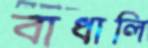
বাধালি